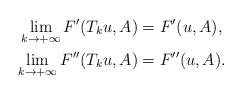
LaTeX: \begin{align*}\lim_{k\to +\infty}F'(T_ku,A) &=F'(u,A),\\\lim_{k\to +\infty}F''(T_ku,A) &=F''(u,A).\end{align*}